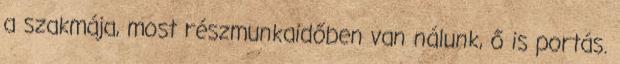
a szakmája, most részmunkaidőben van nálunk, ő is portás.